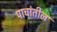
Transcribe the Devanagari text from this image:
पाचांतील